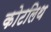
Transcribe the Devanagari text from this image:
कोटलिथ